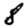
Digit: 8